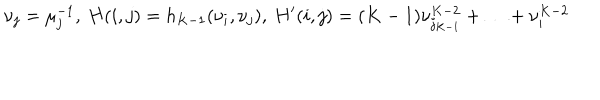
LaTeX: \nu _ { j } = \mu _ { j } ^ { - 1 } , \: H ( i , j ) = h _ { K - 1 } ( \nu _ { i } , \nu _ { j } ) , \: H ^ { \prime } ( i , j ) = ( K - 1 ) \nu _ { j _ { K - 1 } } ^ { K - 2 } + \ldots + \nu _ { i } ^ { K - 2 }